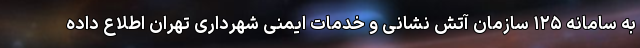
به سامانه ١٢۵ سازمان آتش نشانی و خدمات ایمنی شهرداری تهران اطلاع داده